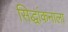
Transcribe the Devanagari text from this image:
सिद्धांकनाला